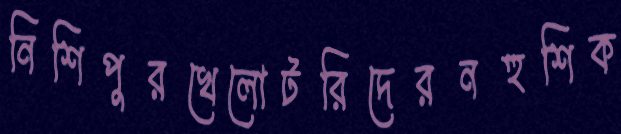
নিশিপুরখেলোটরিদেরনহুশিক